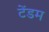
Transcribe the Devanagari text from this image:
टेंडम